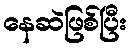
နေဆဲဖြစ်ပြီး